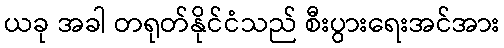
ယခု အခါ တရုတ်နိုင်ငံသည် စီးပွားရေးအင်အား